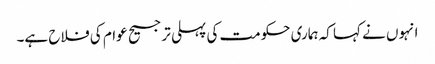
انہوں نے کہا کہ ہماری حکومت کی پہلی ترجیح عوام کی فلاح ہے۔